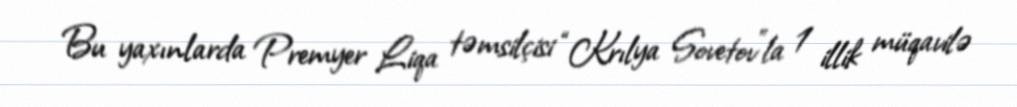
Bu yaxınlarda Premyer Liqa təmsilçisi “Krılya Sovetov”la 1 illik müqavilə